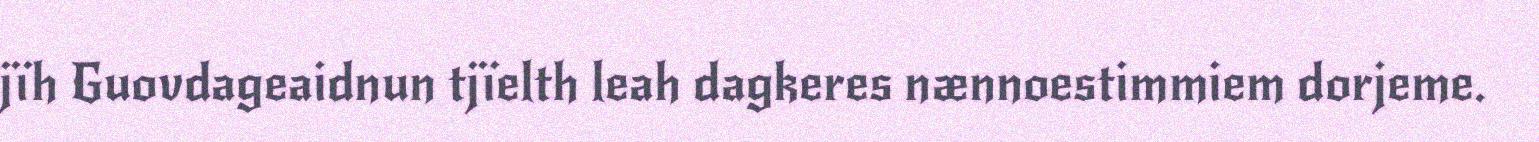
jïh Guovdageaidnun tjïelth leah dagkeres nænnoestimmiem dorjeme.